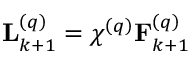
\mathbf { L } _ { k + 1 } ^ { \left( q \right) } = \chi ^ { \left( q \right) } \mathbf { F } _ { k + 1 } ^ { \left( q \right) }